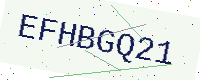
Text: EFHBGQ21